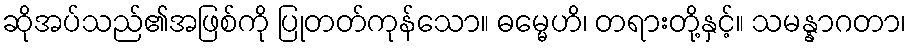
ဆိုအပ်သည်၏အဖြစ်ကို ပြုတတ်ကုန်သော။ ဓမ္မေဟိ၊ တရားတို့နှင့်။ သမန္နာဂတာ၊